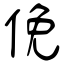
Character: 俛